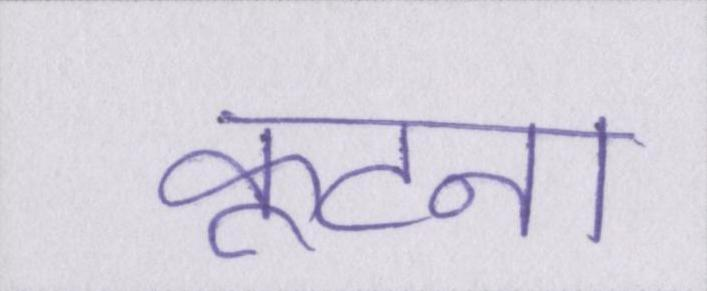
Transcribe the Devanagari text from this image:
कूटना